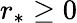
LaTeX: r_{*}\ge 0